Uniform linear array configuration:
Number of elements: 16
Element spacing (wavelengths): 1
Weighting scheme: kaiser
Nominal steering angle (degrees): -45
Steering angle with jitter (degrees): -46.725
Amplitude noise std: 0.05
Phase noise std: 0.05

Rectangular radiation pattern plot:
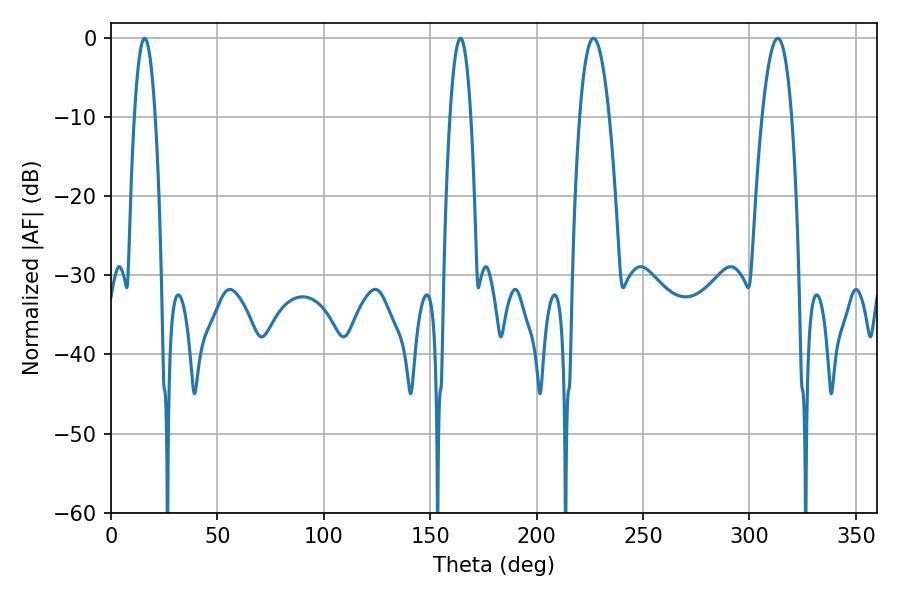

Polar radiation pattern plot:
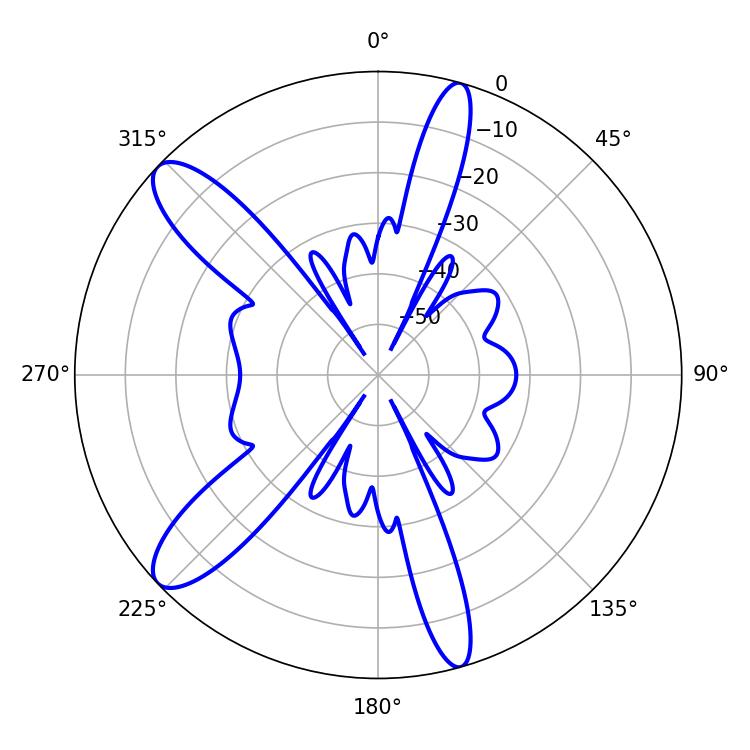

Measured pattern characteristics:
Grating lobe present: TRUE
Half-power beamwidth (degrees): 5.4
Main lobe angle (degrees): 164.16